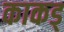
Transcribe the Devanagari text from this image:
काकड्